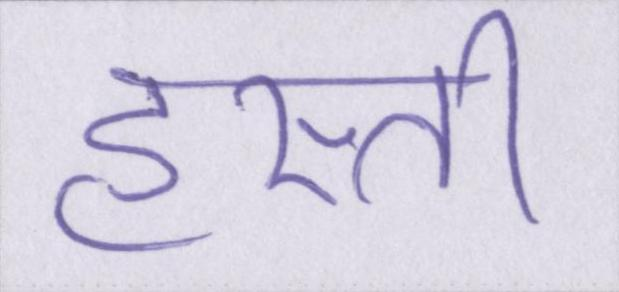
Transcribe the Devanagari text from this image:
हस्ती